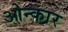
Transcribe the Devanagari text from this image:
ओन्कार